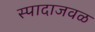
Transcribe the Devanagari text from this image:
स्पादाजवळ